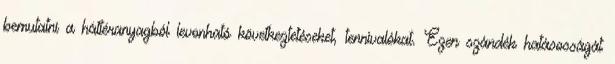
bemutatni a háttéranyagból levonható következtetéseket, tennivalókat. Ezen szándék hatásosságát